Report on the lunatic asylums in Bengal - 1862-
Year: 1862
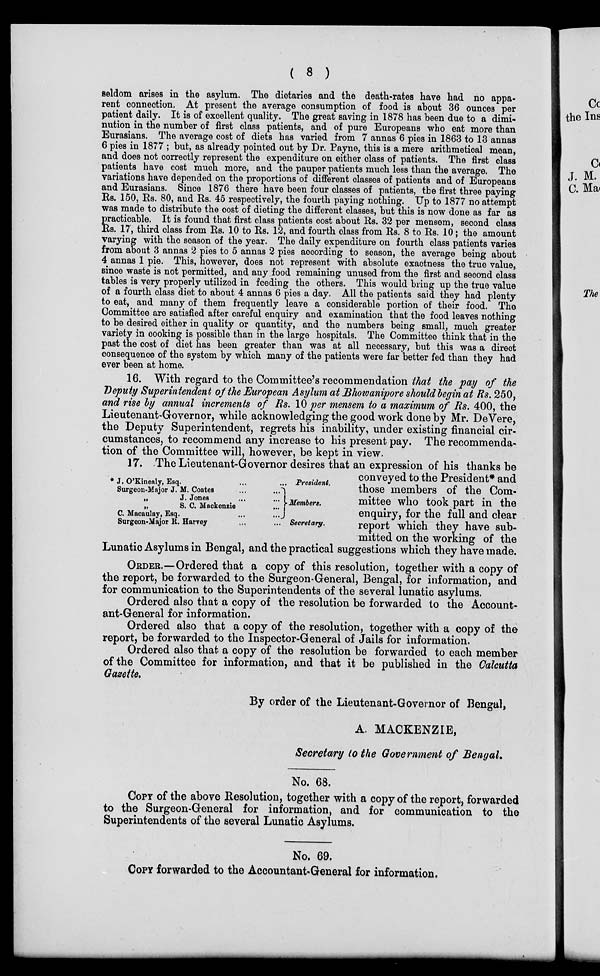
( 8 )
seldom arises in the asylum. The dietaries and the death-rates have had no appa-
rent connection. At present the average consumption of food is about 36 ounces per
patient daily. It is of excellent quality. The great saving in 1878 has been due to a dimi-
nution in the number of first class patients, and of pure Europeans who eat more than
Eurasians. The average cost of diets has varied from 7 annas 6 pies in 1863 to 13 annas
6 pies in 1877 ; but, as already pointed out by Dr. Payne, this is a mere arithmetical mean,
and does not correctly represent the expenditure on either class of patients. The first class
patients have cost much more, and the pauper patients much less than the average. The
variations have depended on the proportions of different classes of patients and of Europeans
and Eurasians. Since 1876 there have been four classes of patients, the first three paying
Rs. 150, Rs. 80, and Rs. 45 respectively, the fourth paying nothing. Up to 1877 no attempt
was made to distribute the cost of dieting the different classes, but this is now done as far as
practicable. It is found that first class patients cost about Rs. 32 per mensem, second class
Rs. 17, third class from Rs. 10 to Rs. 12, and fourth class from Rs. 8 to Rs. 10; the amount
varying with the season of the year. The daily expenditure on fourth class patients varies
from about 3 annas 2 pies to 5 annas 2 pies according to season, the average being about
4 annas 1 pie. This, however, does not represent with absolute exactness the true value,
since waste is not permitted, and any food remaining unused from the first and second class
tables is very properly utilized in feeding the others. This would bring up the true value
of a fourth class diet to about 4 annas 6 pies a day. All the patients said they had plenty
to eat, and many of them frequently leave a considerable portion of their food. The
Committee are satisfied after careful enquiry and examination that the food leaves nothing
to be desired either in quality or quantity, and the numbers being small, much greater
variety in cooking is possible than in the large hospitals. The Committee think that in the
past the cost of diet has been greater than was at all necessary, but this was a direct
consequence of the system by which many of the patients were far better fed than they had
ever been at home.
16. With regard to the Committee's recommendation that the pay of the
Deputy Superintendent of the European Asylum at Bhowanipore should begin at Rs. 250,
and rise by annual increments of Rs. 10 per mensem to a maximum of Rs. 400, the
Lieutenant-Governor, while acknowledging the good work done by Mr. DeVere,
the Deputy Superintendent, regrets his inability, under existing financial cir-
cumstances, to recommend any increase to his present pay. The recommenda-
tion of the Committee will, however, be kept in view.
* J. O'Kinealy, Esq. ... ...
Surgeon-Major J. M. Coates ... ...
„
J. Jones ... ...
„
S. C. Mackenzie ...
C. Macanlay, Esq. ... ...
Surgeon-Major R. Harvey ... ...
Pretident.
Members.
Secretary.
17. The Lieutenant-Governor desires that an expression of his thanks be
conveyed to the President* and
those members of the Com-
mittee who took part in the
enquiry, for the full and clear
report which they have sub-
mitted on the working of the
Lunatic Asylums in Bengal, and the practical suggestions which they have made.
ORDER.—Ordered that a copy of this resolution, together with a copy of
the report, be forwarded to the Surgeon-General, Bengal, for information, and
for communication to the Superintendents of the several lunatic asylums.
Ordered also that a copy of the resolution be forwarded to the Account-
ant-General for information.
Ordered also that a copy of the resolution, together with a copy of the
report, be forwarded to the Inspector-General of Jails for information.
Ordered also that a copy of the resolution be forwarded to each member
of the Committee for information, and that it be published in the Calcutta
Gazette.
By order of the Lieutenant-Governor of Bengal,
A. MACKENZIE,
Secretary to the Government of Bengal.
No. 68.
COPY of the above Resolution, together with a copy of the report, forwarded
to the Surgeon-General for information, and for communication to the
Superintendents of the several Lunatic Asylums.
No. 69.
COPY forwarded to the Accountant-General for information.